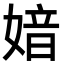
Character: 㛺